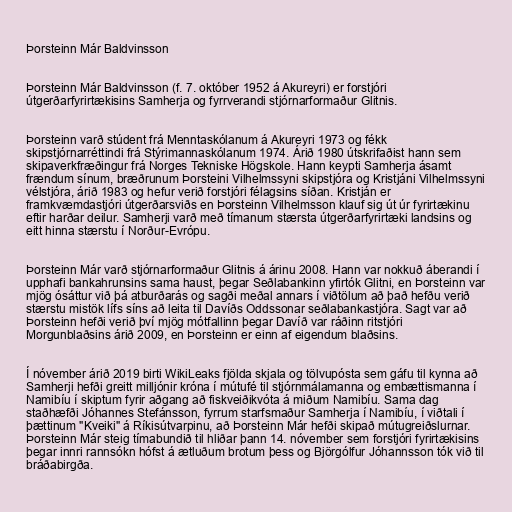
Þorsteinn Már Baldvinsson

Þorsteinn Már Baldvinsson (f. 7. október 1952 á Akureyri) er forstjóri
útgerðarfyrirtækisins Samherja og fyrrverandi stjórnarformaður Glitnis.

Þorsteinn varð stúdent frá Menntaskólanum á Akureyri 1973 og fékk
skipstjórnarréttindi frá Stýrimannaskólanum 1974. Árið 1980 útskrifaðist hann sem
skipaverkfræðingur frá Norges Tekniske Högskole. Hann keypti Samherja ásamt
frændum sínum, bræðrunum Þorsteini Vilhelmssyni skipstjóra og Kristjáni Vilhelmssyni
vélstjóra, árið 1983 og hefur verið forstjóri félagsins síðan. Kristján er
framkvæmdastjóri útgerðarsviðs en Þorsteinn Vilhelmsson klauf sig út úr fyrirtækinu
eftir harðar deilur. Samherji varð með tímanum stærsta útgerðarfyrirtæki landsins og
eitt hinna stærstu í Norður-Evrópu.

Þorsteinn Már varð stjórnarformaður Glitnis á árinu 2008. Hann var nokkuð áberandi í
upphafi bankahrunsins sama haust, þegar Seðlabankinn yfirtók Glitni, en Þorsteinn var
mjög ósáttur við þá atburðarás og sagði meðal annars í viðtölum að það hefðu verið
stærstu mistök lífs síns að leita til Davíðs Oddssonar seðlabankastjóra. Sagt var að
Þorsteinn hefði verið því mjög mótfallinn þegar Davíð var ráðinn ritstjóri
Morgunblaðsins árið 2009, en Þorsteinn er einn af eigendum blaðsins.

Í nóvember árið 2019 birti WikiLeaks fjölda skjala og tölvupósta sem gáfu til kynna að
Samherji hefði greitt milljónir króna í mútufé til stjórnmálamanna og embættismanna í
Namibíu í skiptum fyrir aðgang að fiskveiðikvóta á miðum Namibíu. Sama dag
staðhæfði Jóhannes Stefánsson, fyrrum starfsmaður Samherja í Namibíu, í viðtali í
þættinum "Kveiki" á Ríkisútvarpinu, að Þorsteinn Már hefði skipað mútugreiðslurnar.
Þorsteinn Már steig tímabundið til hliðar þann 14. nóvember sem forstjóri fyrirtækisins
þegar innri rannsókn hófst á ætluðum brotum þess og Björgólfur Jóhanns­son tók við til
bráðabirgða.